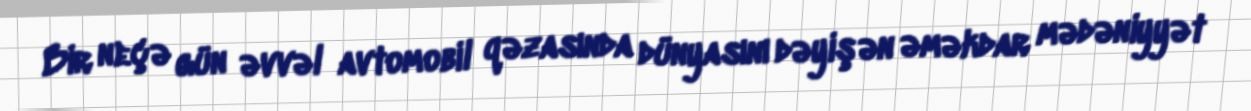
Bir neçə gün əvvəl avtomobil qəzasında dünyasını dəyişən əməkdar mədəniyyət